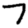
Digit: 7